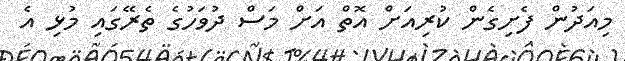
މިއަދުން ފެށިގެން ކުރިއަށް އޮތް އަށް މަސް ދުވަހުގެ ތެރޭގައި މުޅި އެ